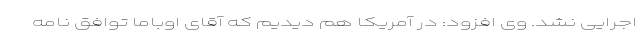
اجرایی نشد. وی افزود: در آمریکا هم دیدیم که آقای اوباما توافق نامه